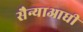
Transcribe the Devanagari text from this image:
सैन्याआधी